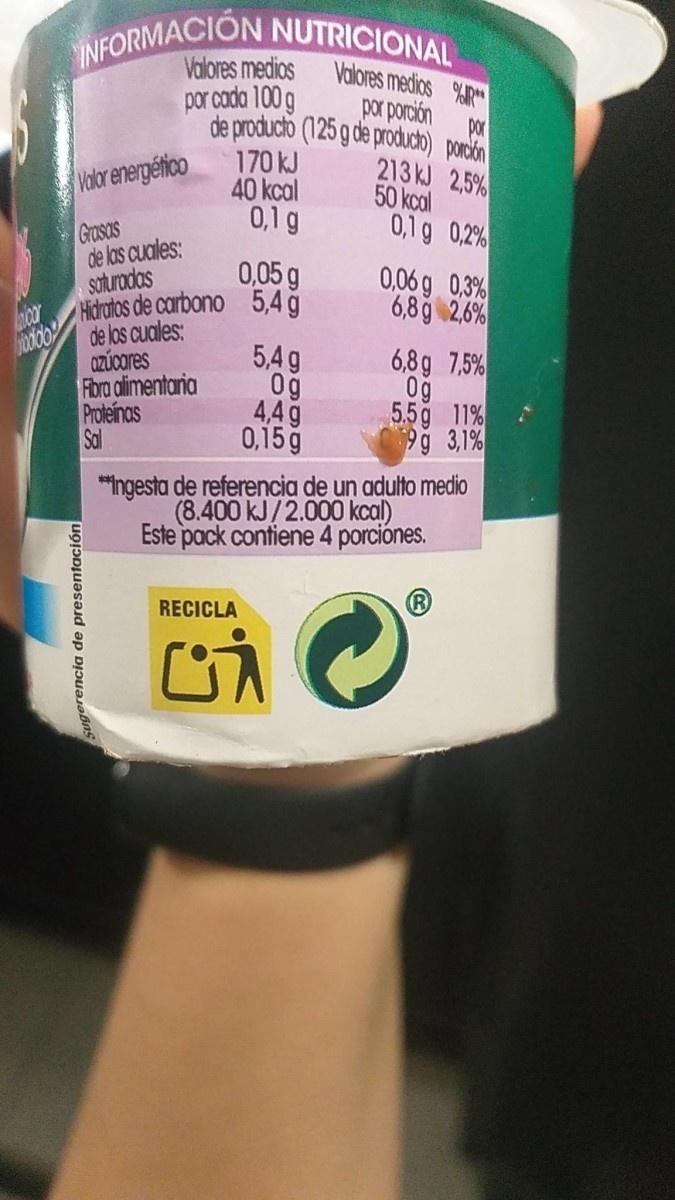
INFORMACION NUTRICIONAL
Valores medics
Valores medios %R por porción
por cada 100 g
por de producto (125 g de producb) porón
170 kJ 40 kcal 0,1g
213 kJ 2,5% 50 kcal 0,1g 0,2%
Valor energético
Grasas de las cuales: saturadas Hươtos de carbono 5,4 ğ
0,05 g
0,06g 0.3% 6,8g 2.6%
acar
de los cuales: azúcares Fbra alimentaria Proteinas Sal
5,4g Og 4,4g 0,15 g
6,8g 7,5% 0g 5.5g 11% 9g 3,1%
"Ingesta de referencia de un adulto medio (8.400 kJ/2.000 kcal) Este pack contiene 4 porciónes.
RECICLA
rencia de presentación